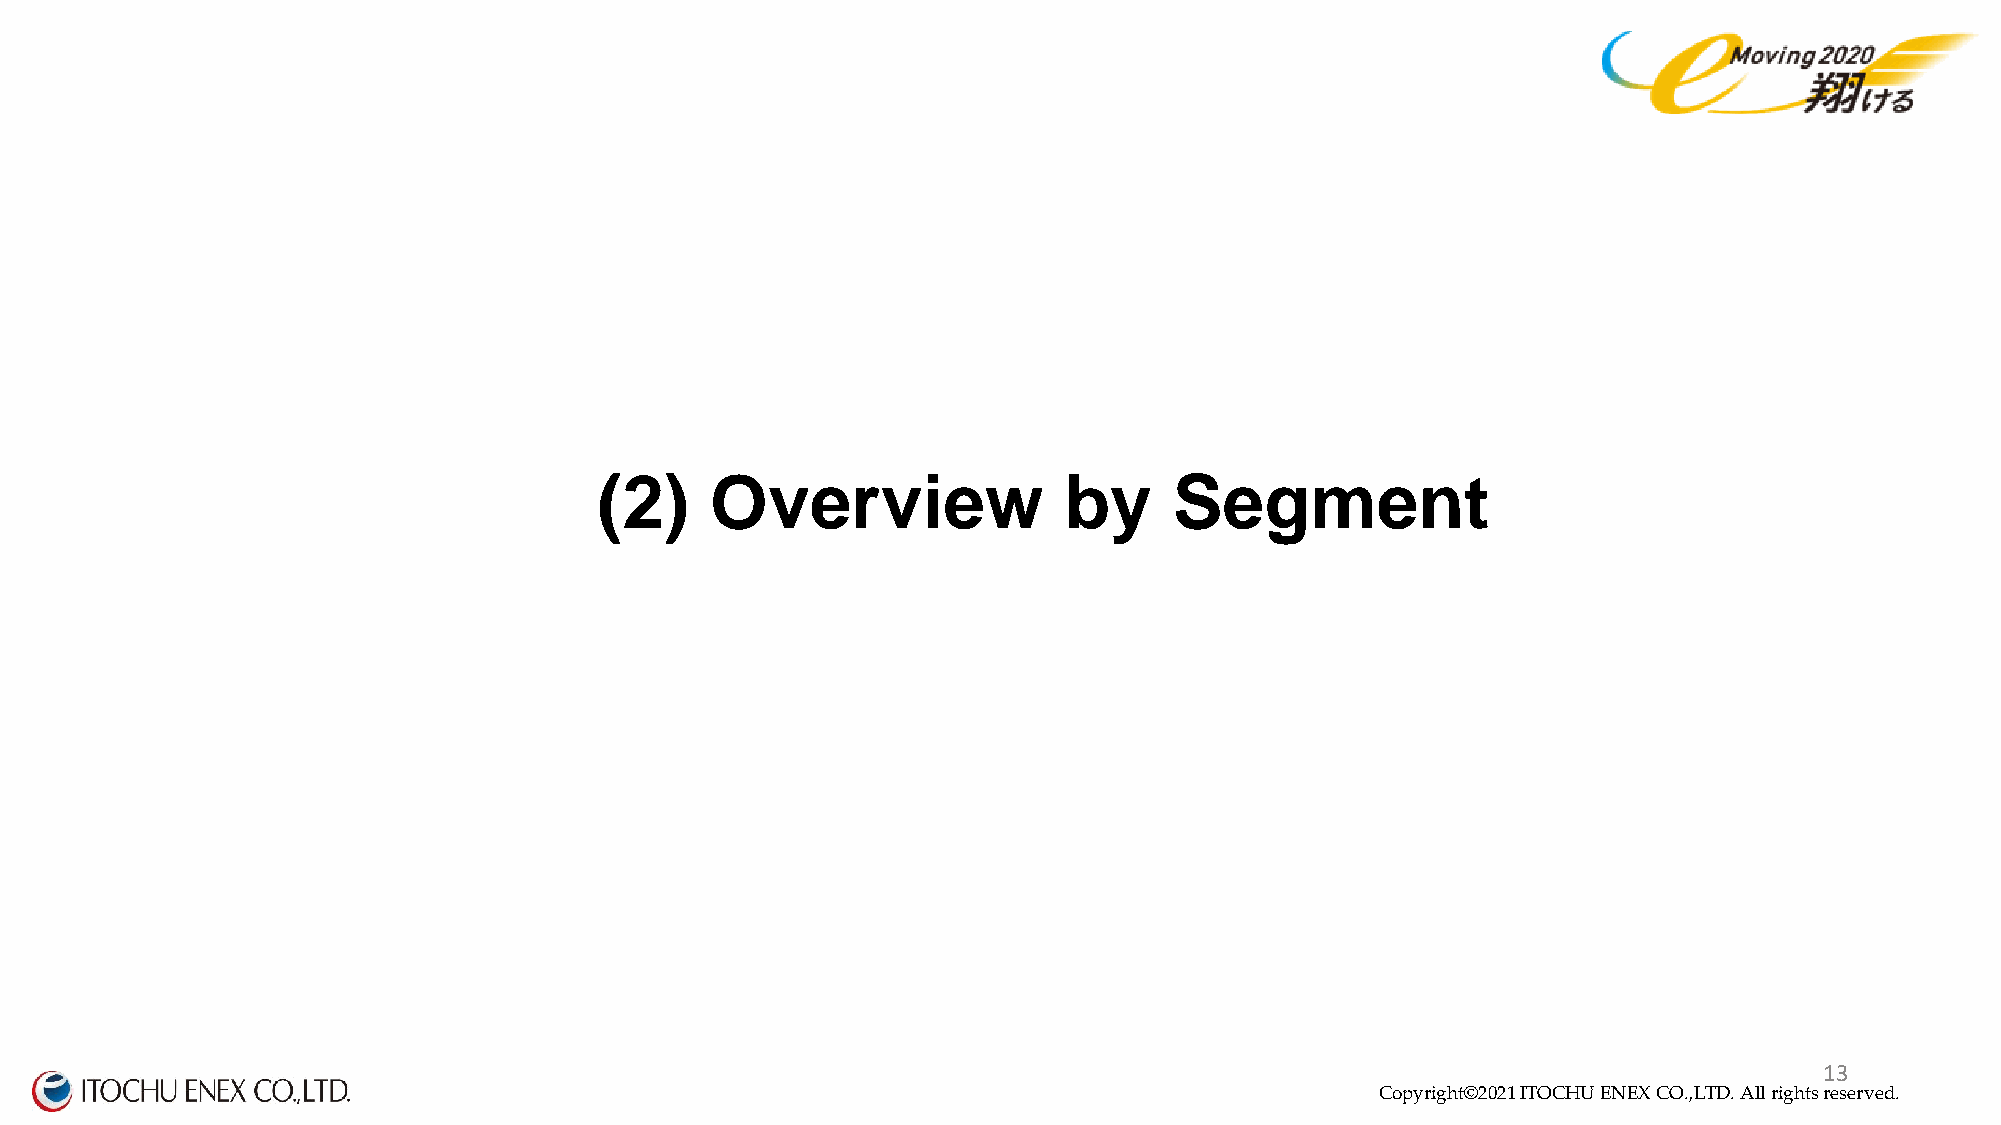
(2)    Overview               by      Segment
 Copyright©2020 ITOCHU ENEX CO.,LTD. All right1s 3reserved.
 Copyright©2021 ITOCHU ENEX CO.,LTD. All rights reserved.